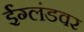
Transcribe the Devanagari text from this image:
ईंग्लंडवर